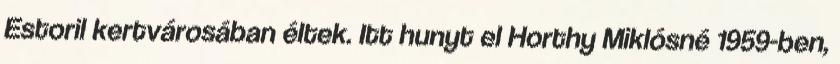
Estoril kertvárosában éltek. Itt hunyt el Horthy Miklósné 1959-ben,